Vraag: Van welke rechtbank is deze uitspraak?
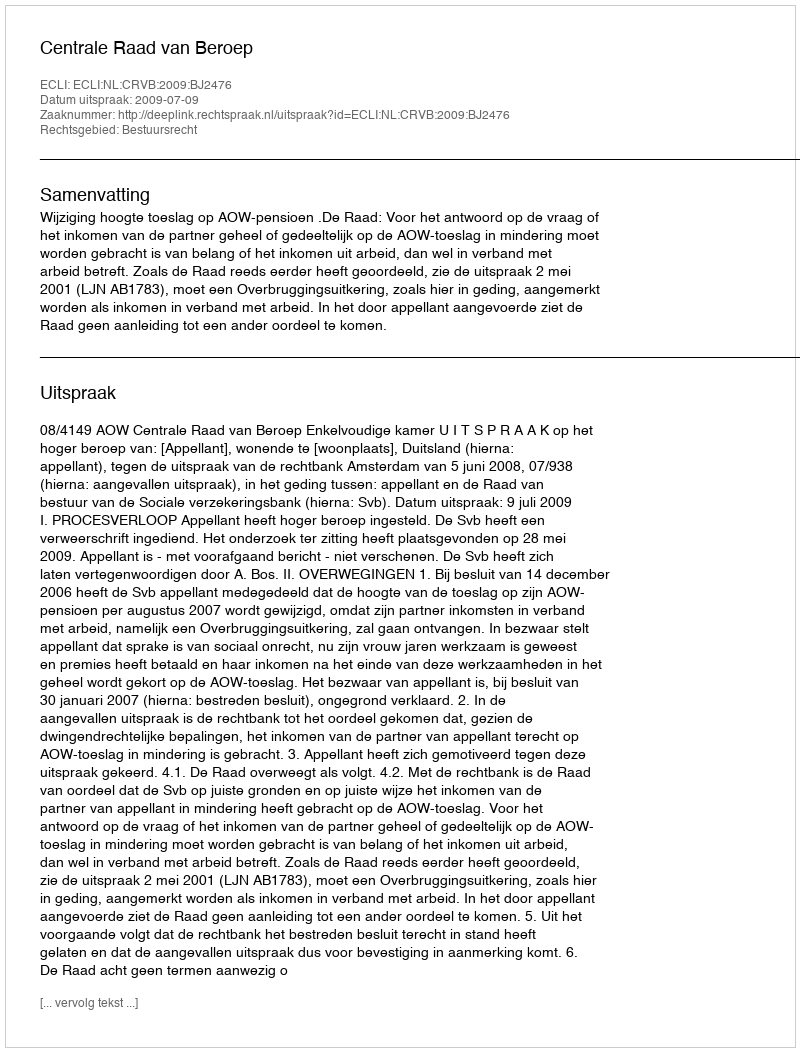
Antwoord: Centrale Raad van Beroep